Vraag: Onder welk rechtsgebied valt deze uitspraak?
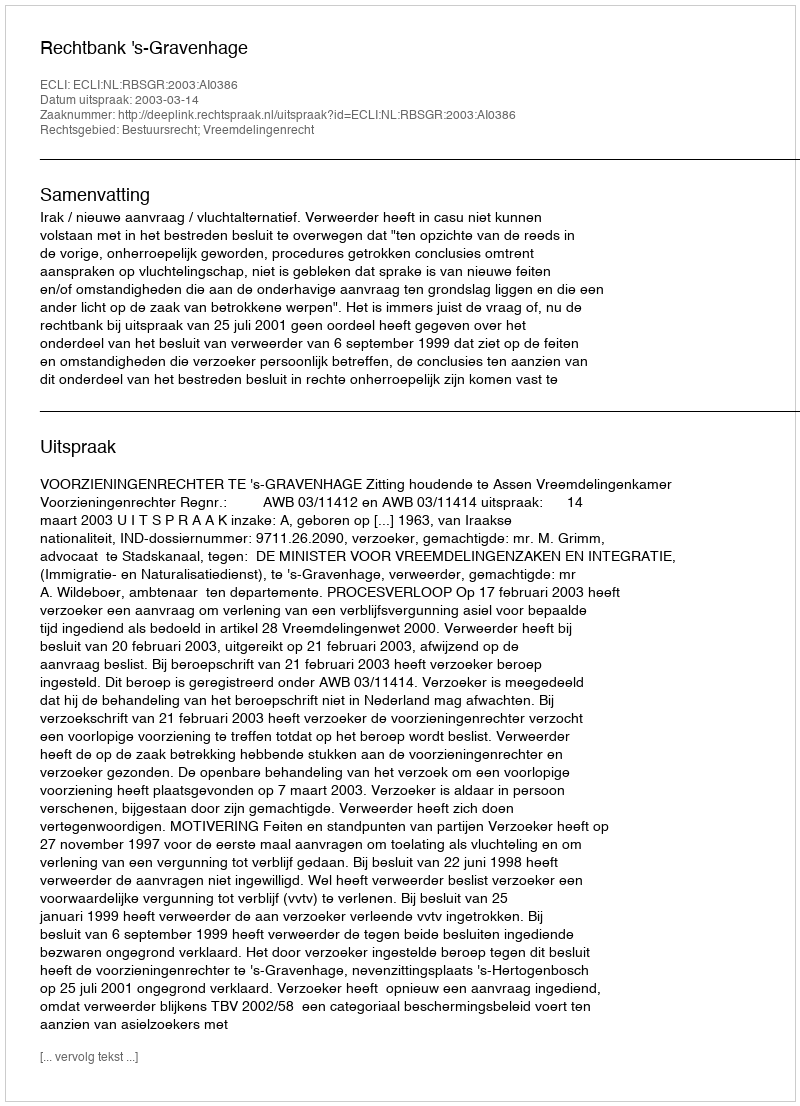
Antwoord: Bestuursrecht; Vreemdelingenrecht